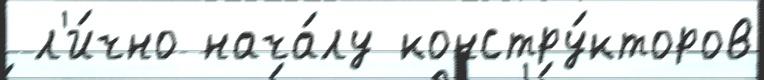
 л'и́чно нача́лу констру́кторов